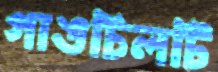
গাঙচিলটি